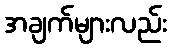
အချက်များလည်း